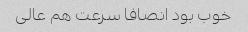
خوب بود انصافا سرعت هم عالی